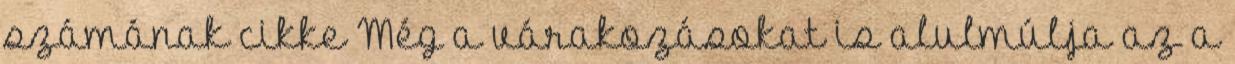
számának cikke Még a várakozásokat is alulmúlja az a